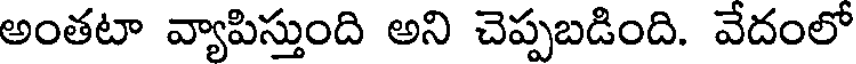
అంతటా వ్యాపిస్తుంది అని చెప్పబడింది. వేదంలో